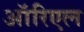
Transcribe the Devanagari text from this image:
ऑरिएल